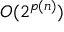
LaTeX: O ( 2 ^ { p ( n ) } )